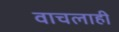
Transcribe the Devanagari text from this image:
वाचलाही